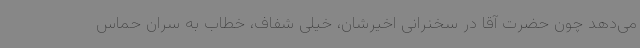
می‌دهد چون حضرت آقا در سخنرانی اخیرشان، خیلی شفاف، خطاب به سران حماس